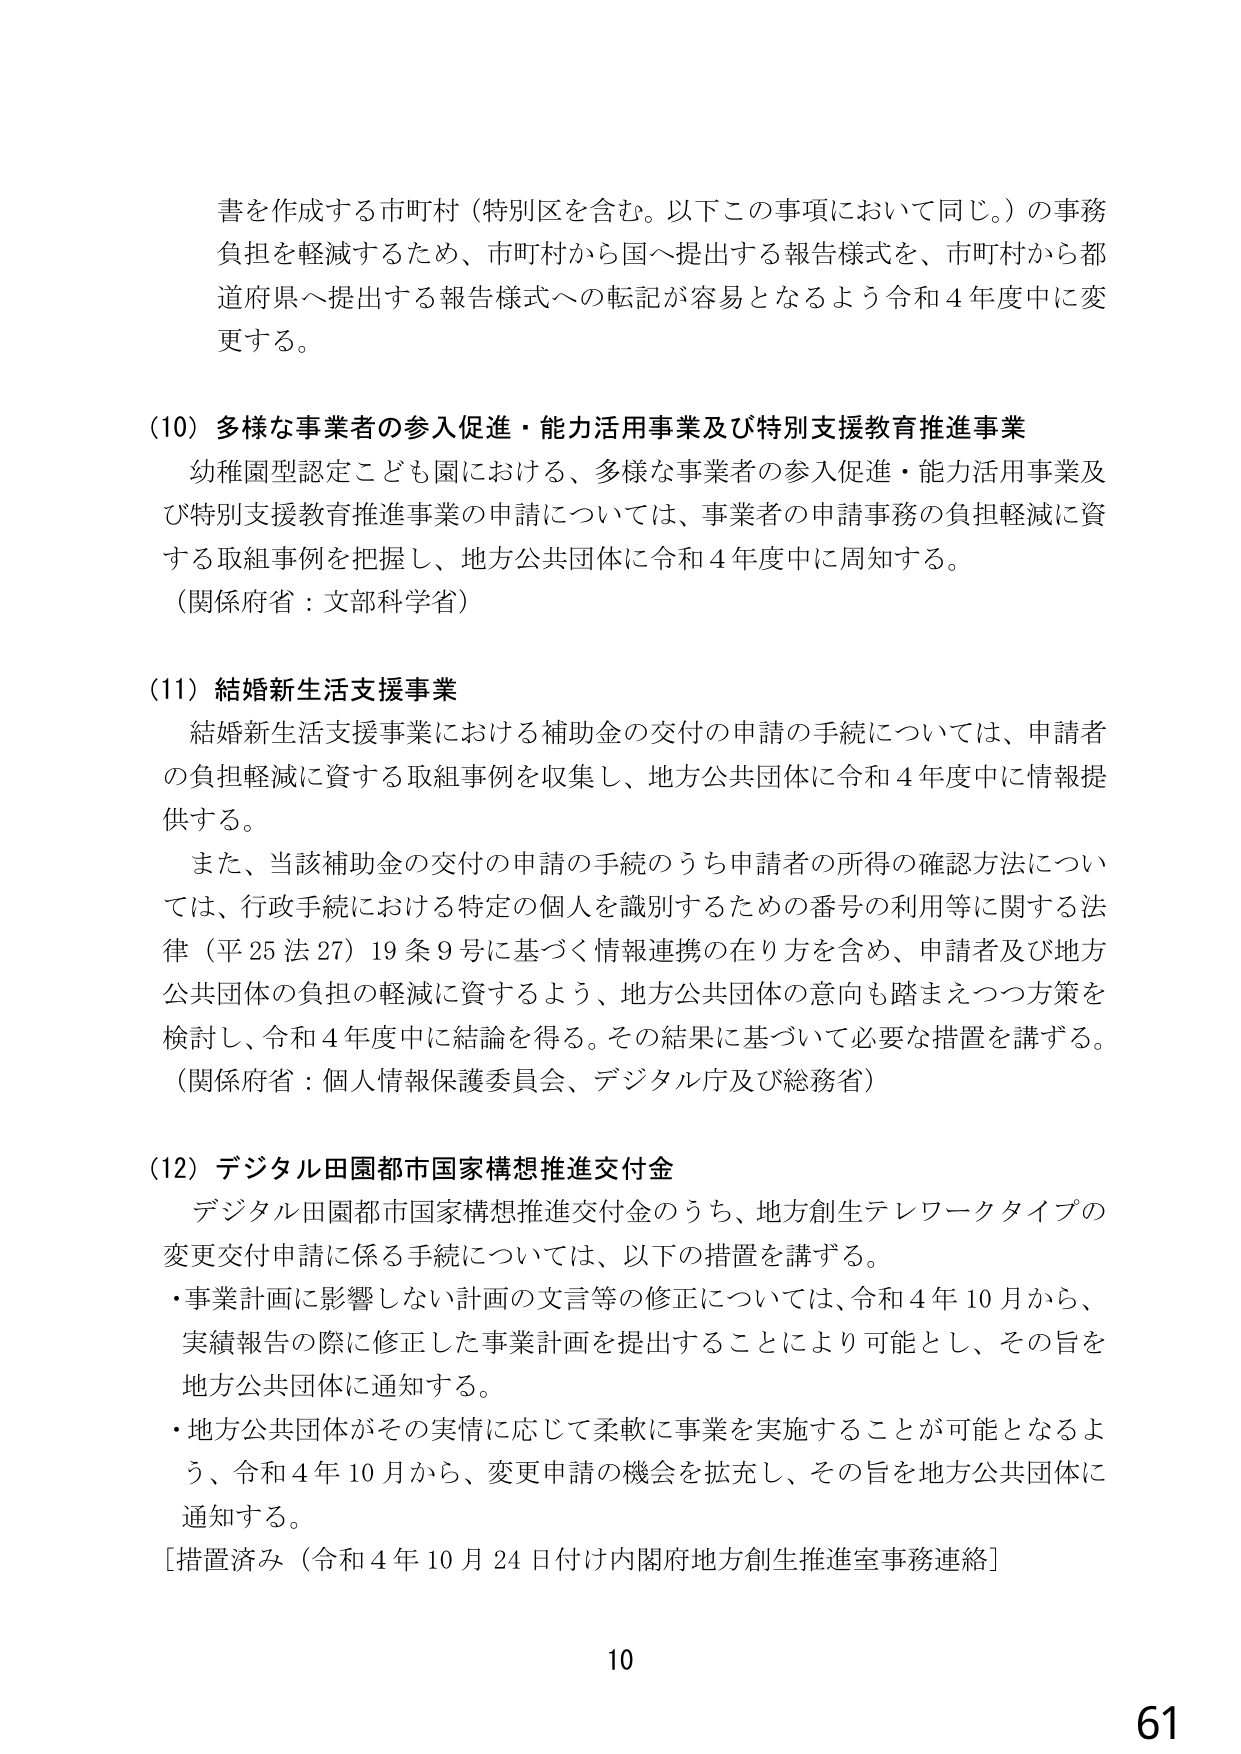
書を作成する市町村（特別区を含む。以下この事項において同じ。）の事務負担を軽減するため、市町村から国へ提出する報告様式を、市町村から都道府県へ提出する報告様式への転記が容易となるよう令和４年度中に変更する。

（10）多様な事業者の参入促進・能力活用事業及び特別支援教育推進事業
幼稚園型認定こども園における、多様な事業者の参入促進・能力活用事業及び特別支援教育推進事業の申請については、事業者の申請事務の負担軽減に資する取組事例を把握し、地方公共団体に令和４年度中に周知する。
（関係府省：文部科学省）

（11）結婚新生活支援事業
結婚新生活支援事業における補助金の交付の申請の手続については、申請者の負担軽減に資する取組事例を収集し、地方公共団体に令和４年度中に情報提供する。
また、当該補助金の交付の申請の手続のうち申請者の所得の確認方法については、行政手続における特定の個人を識別するための番号の利用等に関する法律（平25法27）19条9号に基づく情報連携の在り方を含め、申請者及び地方公共団体の負担の軽減に資するよう、地方公共団体の意向も踏まえつつ方策を検討し、令和４年度中に結論を得る。その結果に基づいて必要な措置を講ずる。
（関係府省：個人情報保護委員会、デジタル庁及び総務省）

（12）デジタル田園都市国家構想推進交付金
デジタル田園都市国家構想推進交付金のうち、地方創生テレワークタイプの変更交付申請に係る手続については、以下の措置を講ずる。
・事業計画に影響しない計画の文言等の修正については、令和４年10月から、実績報告の際に修正した事業計画を提出することにより可能とし、その旨を地方公共団体に通知する。
・地方公共団体がその実情に応じて柔軟に事業を実施することが可能となるよう、令和４年10月から、変更申請の機会を拡充し、その旨を地方公共団体に通知する。
[措置済み（令和４年10月24日付け内閣府地方創生推進室事務連絡）]

10
61